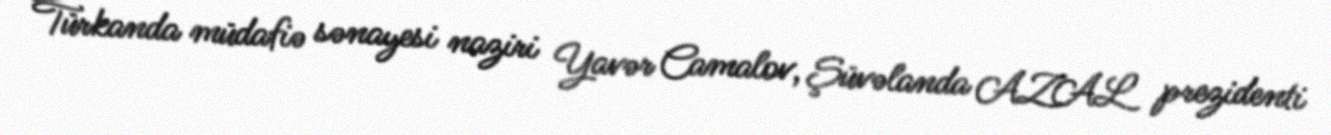
Türkanda müdafiə sənayesi naziri Yavər Camalov, Şüvəlanda AZAL prezidenti